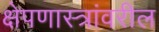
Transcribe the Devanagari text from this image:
क्षेपणास्त्रांवरील